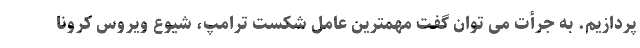
پردازیم. به جرأت می توان گفت مهمترین عامل شکست ترامپ، شیوع ویروس کرونا